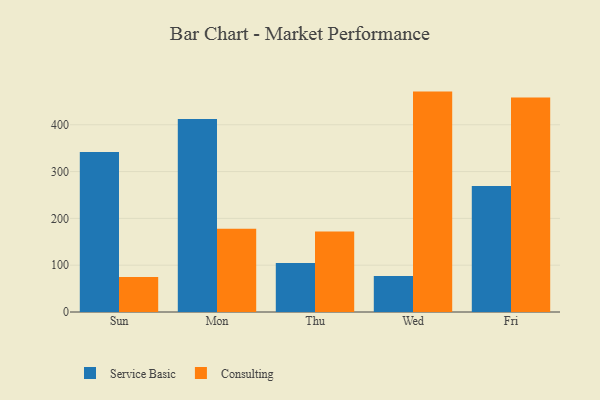
{"axis": {"x": "Day", "y": "Tickets Resolved"}, "legend": ["Consulting", "Service Basic"], "data": [{"x": "Sun", "y": 341.6, "type": "Service Basic"}, {"x": "Sun", "y": 74.7, "type": "Consulting"}, {"x": "Mon", "y": 412.1, "type": "Service Basic"}, {"x": "Mon", "y": 177.7, "type": "Consulting"}, {"x": "Thu", "y": 104.5, "type": "Service Basic"}, {"x": "Thu", "y": 171.9, "type": "Consulting"}, {"x": "Wed", "y": 76.9, "type": "Service Basic"}, {"x": "Wed", "y": 470.9, "type": "Consulting"}, {"x": "Fri", "y": 269.1, "type": "Service Basic"}, {"x": "Fri", "y": 458.1, "type": "Consulting"}]}